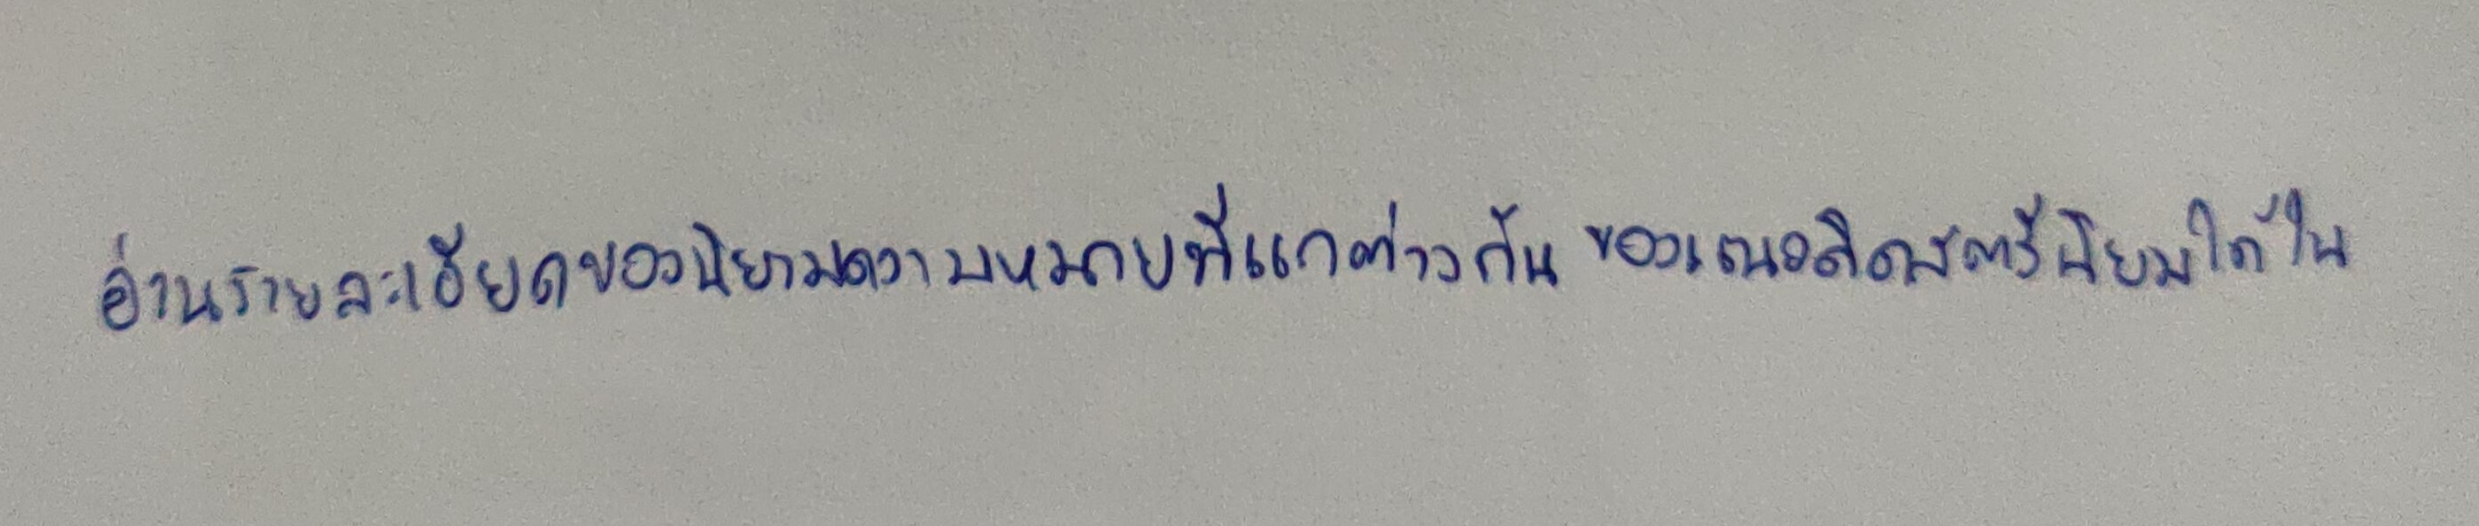
อ่านรายละเอียดของนิยามความหมายที่แกต่างกันของแนวคิดสตรีนิยมได้ใน